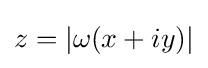
z=|\omega (x+iy)|